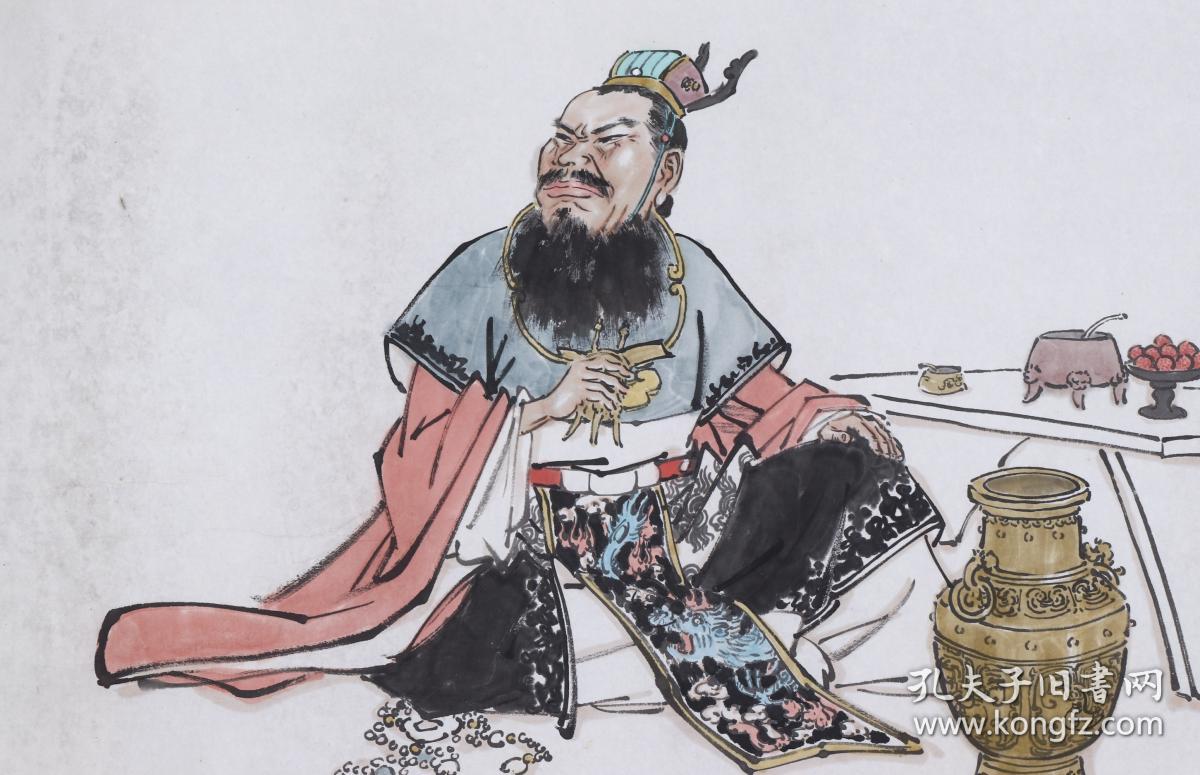
对酒当歌，人生几何！